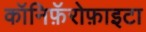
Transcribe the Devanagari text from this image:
कॉनिफ़ॅरोफ़ाइटा